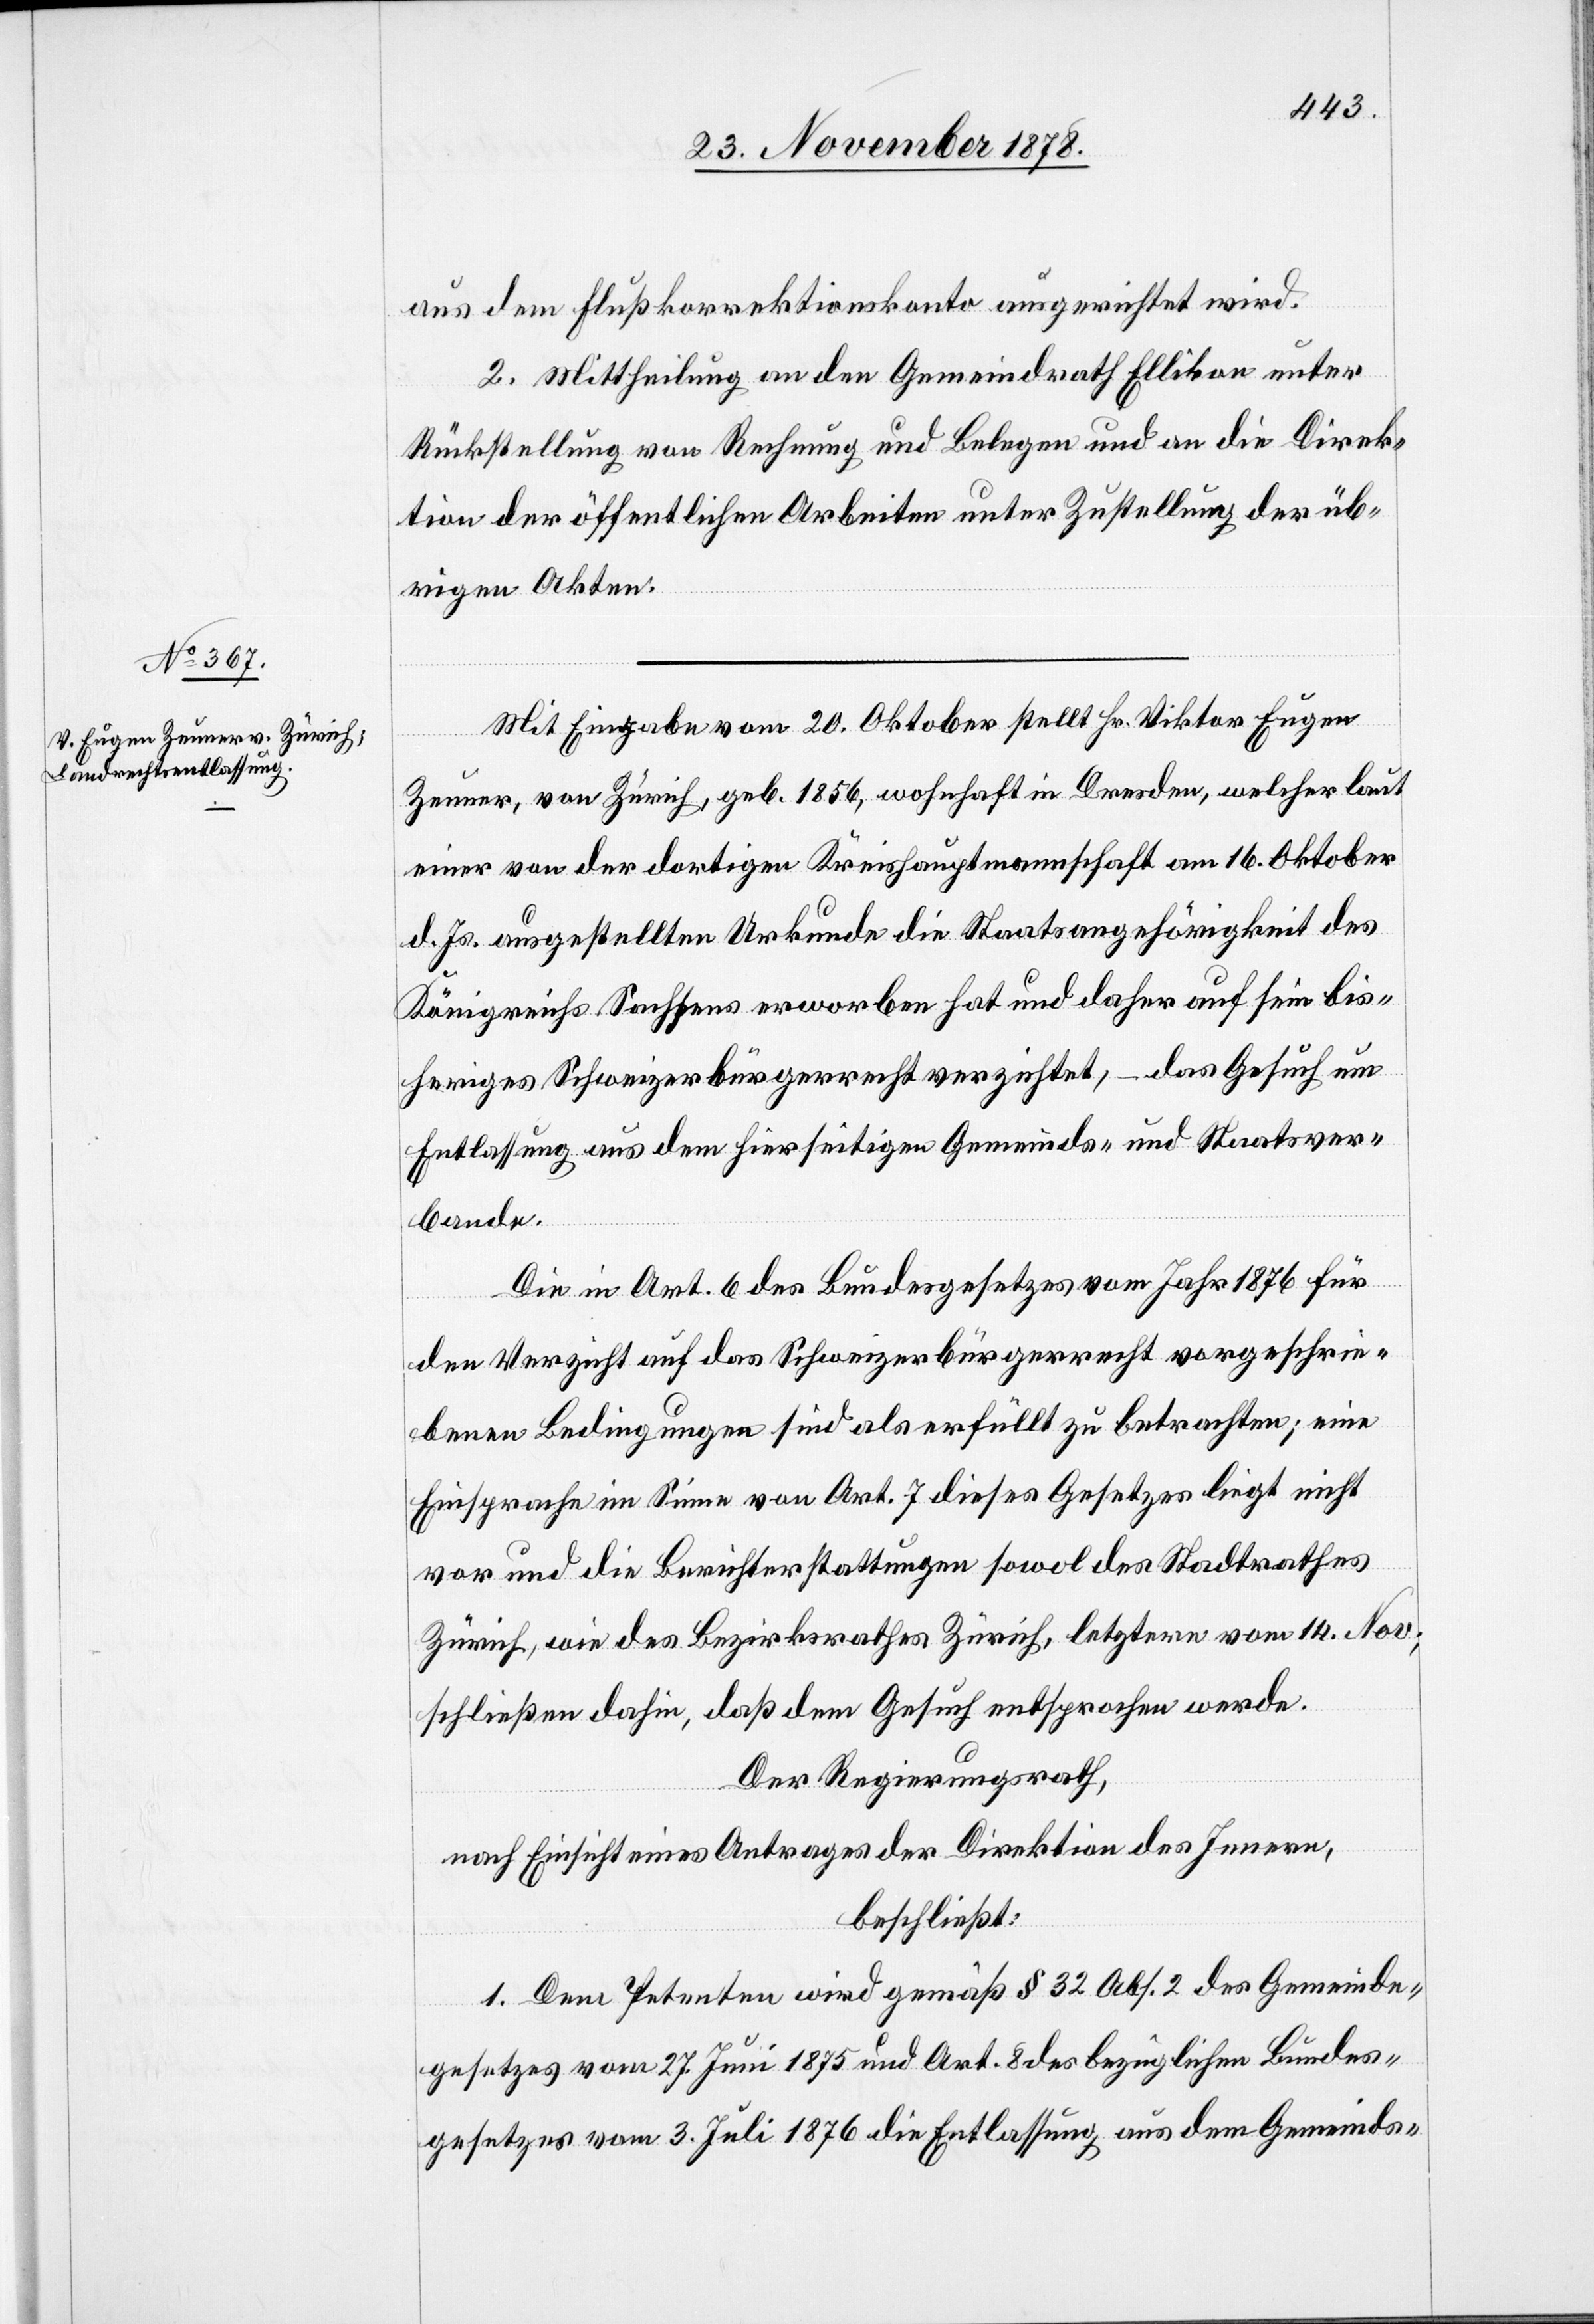
aus dem Flußkorrektionskonto ausgerichtet wird.
2. Mittheilung an den Gemeindrath Ellikon unter
Rückstellung von Rechnung und Belegen und an die Direk¬
tion der öffentlichen Arbeiten unter Zustellung der üb¬
rigen Akten.
Mit Eingabe vom 20. Oktober stellt Hr. Viktor Eugen
Zeuner, von Zürich, geb. 1856, wohnhaft in Dresden, welcher laut
einer von der dortigen Kreishauptmannschaft am 16. Oktober
d. Js. ausgestellten Urkunde die Staatsangehörigkeit des
Königreichs Sachsens erworben hat und daher auf sein bis¬
heriges Schweizerbürgerrecht verzichtet, – das Gesuch um
Entlassung aus dem hierseitigen Gemeinds- und Staatsver¬
bande.
Die in Art. 6 des Bundesgesetzes vom Jahr 1876 für
den Verzicht auf das Schweizerbürgerrecht vorgeschrie¬
benen Bedingungen sind als erfüllt zu betrachten; eine
Einsprache im Sinne von Art. 7 dieses Gesetzes liegt nicht
vor und die Berichterstattungen sowol des Stadtrathes
Zürich, wie des Bezirksrathes Zürich, letztere vom 14. Nov.,
schließen dahin, daß dem Gesuch entsprochen werde.
Der Regierungsrath,
nach Einsicht eines Antrages der Direktion des Innern,
beschließt:
1. Dem Petenten wird gemäß § 32 Abs. 2 des Gemeinde¬
gesetzes vom 27. Juni 1875 und Art. 8 des bezüglichen Bundes¬
gesetzes vom 3. Juli 1876 die Entlassung aus dem Gemeinds-